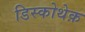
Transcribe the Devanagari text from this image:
डिस्कोथेक़